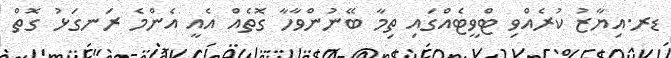
ޑރ.އިޔާޒު ކުރެއްވި ޓްވީޓެއްގައި ތިމާ ބޭނުންވާހާ ގޮތެއް އެއީ އެންމެ ރަނގަޅު ގޮތް